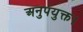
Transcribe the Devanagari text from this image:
अनुपयुक्त।